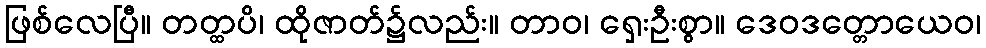
ဖြစ်လေပြီ။ တတ္ထပိ၊ ထိုဇာတ်၌လည်း။ တာဝ၊ ရှေးဦးစွာ။ ဒေဝဒတ္တောယေဝ၊